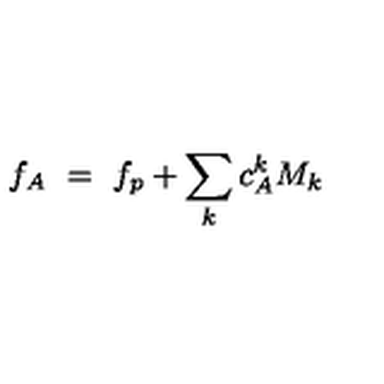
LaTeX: f _ { A } \ = \ f _ { p } + \sum _ { k } c _ { A } ^ { k } M _ { k }